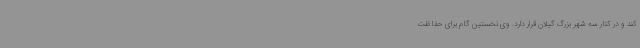
کند و در کنار سه شهر بزرگ گیلان قرار دارد. وی نخستین گام برای حفاظت